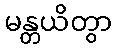
မန္တယိတွာ